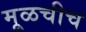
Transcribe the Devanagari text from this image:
मूळचीच